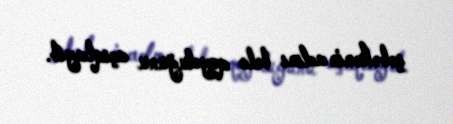
şəbəkənin adını belə qoyduğunu açıqlayıb.